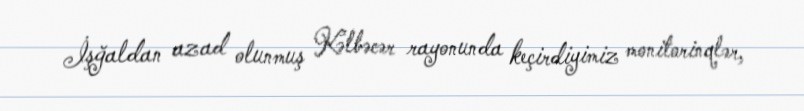
İşğaldan azad olunmuş Kəlbəcər rayonunda keçirdiyimiz monitorinqlər,